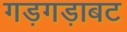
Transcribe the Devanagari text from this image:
गड़गड़ाबट